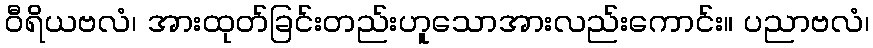
ဝီရိယဗလံ၊ အားထုတ်ခြင်းတည်းဟူသောအားလည်းကောင်း။ ပညာဗလံ၊